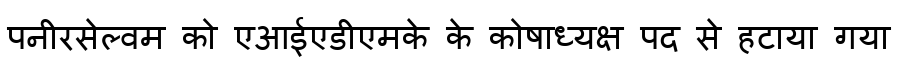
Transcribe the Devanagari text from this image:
पनीरसेल्वम को एआईएडीएमके के कोषाध्यक्ष पद से हटाया गया